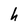
Character: h